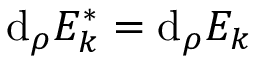
\mathrm { d } _ { \rho } E _ { k } ^ { * } = \mathrm { d } _ { \rho } E _ { k }